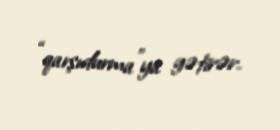
“qarşıdurma”ya gətirər.